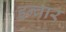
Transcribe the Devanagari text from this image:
इन्वार